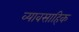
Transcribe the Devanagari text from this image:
व्यावसाहिक